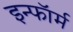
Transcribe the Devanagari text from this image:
इन्फॉर्म